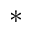
^ \ast